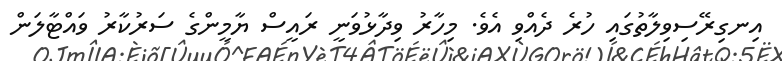
އިނގިރޭސިވިލާތުގައި ހުރެ ދެއްވި އެވެ. މިހާރު ވިދާޅުވަނީ ރައީސް ޔާމީންގެ ސަރުކާރު ވައްޓާލަން